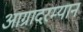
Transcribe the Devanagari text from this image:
आग्रादरम्यान